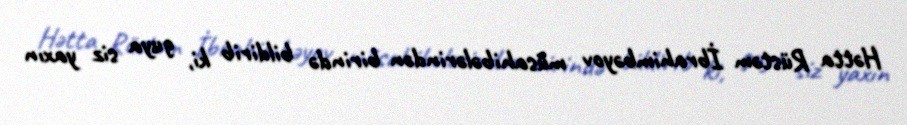
Hətta Rüstəm İbrahimbəyov müsahibələrindən birində bildirib ki, guya siz yaxın